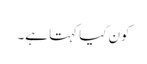
کون کیا کہتا ہے۔